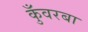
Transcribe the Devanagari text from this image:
कुँवरबा